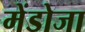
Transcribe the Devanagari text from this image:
मेंडोजा